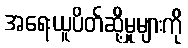
အရေးယူပိတ်ဆို့မှုများကို